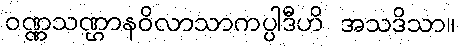
ဝဏ္ဏသဏ္ဌာနဝိလာသာကပ္ပါဒီဟိ အသဒိသာ။